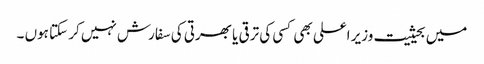
میں بحیثیت وزیر اعلی بھی کسی کی ترقی یا بھرتی کی سفارش نہیں کر سکتا ہوں ۔